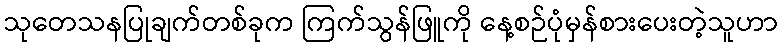
သုတေသနပြုချက်တစ်ခုက ကြက်သွန်ဖြူကို နေ့စဉ်ပုံမှန်စားပေးတဲ့သူဟာ